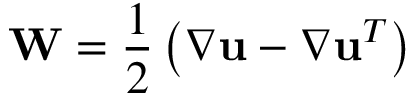
\mathbf { W } = \frac { 1 } { 2 } \left( \nabla \mathbf { u } - \nabla \mathbf { u } ^ { T } \right)